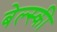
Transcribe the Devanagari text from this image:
बेल्स्की